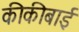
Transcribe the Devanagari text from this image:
कीकीबाई